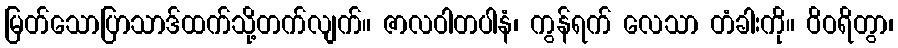
မြတ်သောပြာသာဒ်ထက်သို့တက်လျက်။ ဇာလဝါတပါနံ၊ ကွန်ရက် လေသာ တံခါးကို။ ဝိဝရိတွာ၊